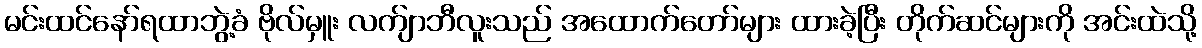
မင်းထင်နော်ရထာဘွဲ့ခံ ဗိုလ်မှူး လက်ျာဘီလူးသည် အထောက်တော်များ ထားခဲ့ပြီး တိုက်ဆင်များကို အင်းထဲသို့